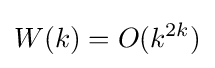
W(k)=O(k^{2k})